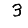
Digit: 3